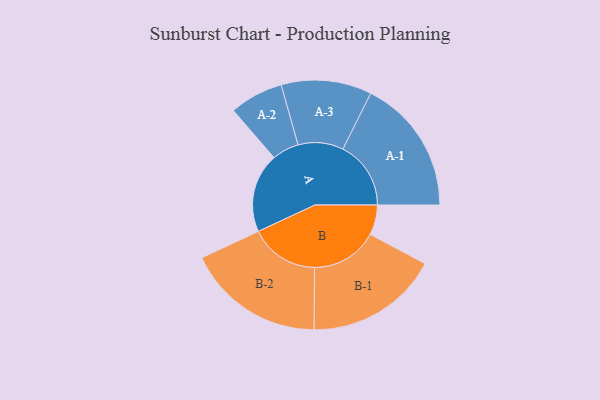
{"axis": {"x": "Segment", "y": "Value"}, "legend": ["", "A", "B"], "data": [{"x": "A", "y": 328, "type": ""}, {"x": "B", "y": 124, "type": ""}, {"x": "A-1", "y": 281, "type": "A"}, {"x": "A-2", "y": 111, "type": "A"}, {"x": "A-3", "y": 187, "type": "A"}, {"x": "B-1", "y": 276, "type": "B"}, {"x": "B-2", "y": 286, "type": "B"}]}